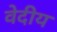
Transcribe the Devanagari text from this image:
वेदीय